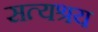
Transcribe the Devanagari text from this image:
सत्यश्रय